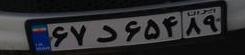
۶۷د۶۵۴۸۹